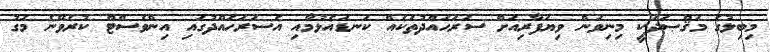
މިބިލުގެ މަޤްޞަދަކީ މިނިވަން ވިޔަފާރިއަށް ސަރަހައްދުތަކެއް ކަނޑައެޅުމާއި އެސަރަހައްދުގައި އިންވެސްޓް ކުރެވޭނެ މަގު